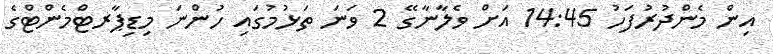
އިން މެންދުރުފަހު 14:45 އަށް ވެލާނާގޭ 2 ވަނަ ތަޅުމުގައި ހުންނަ މިޑިޕާރޓްމެންޓްގެ